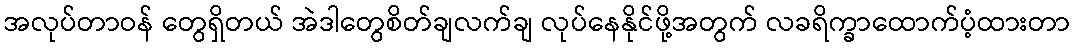
အလုပ်တာဝန် တွေရှိတယ် အဲဒါတွေစိတ်ချလက်ချ လုပ်နေနိုင်ဖို့အတွက် လခရိက္ခာထောက်ပံ့ထားတာ